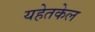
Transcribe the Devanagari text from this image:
यहेतकेल